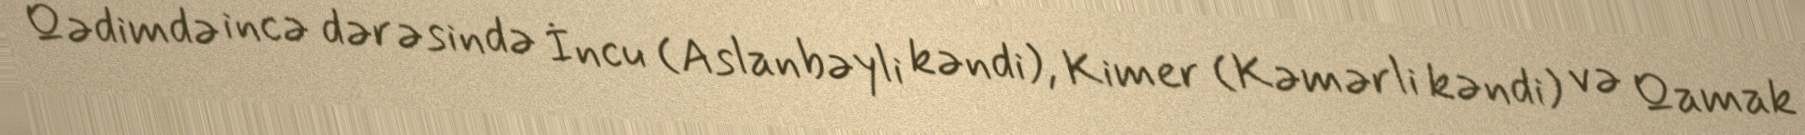
Qədimdə incə dərəsində İncu (Aslanbəyli kəndi), Kimer (Kəmərli kəndi) və Qamak